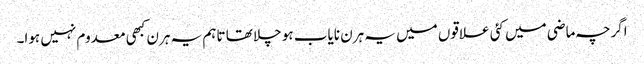
اگرچہ ماضی میں کئی علاقوں میں یہ ہرن نایاب ہو چلا تھا تاہم یہ ہرن کبھی معدوم نہیں ہوا۔